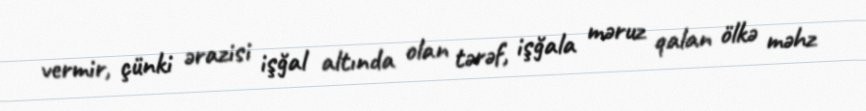
vermir, çünki ərazisi işğal altında olan tərəf, işğala məruz qalan ölkə məhz